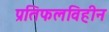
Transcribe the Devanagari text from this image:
प्रतिफलविहीन